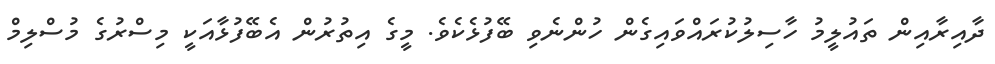
ދާއިރާއިން ތައުލީމު ހާސިލުކުރައްވައިގެން ހުންނެވި ބޭފުޅެކެވެ. މީގެ އިތުރުން އެބޭފުޅާއަކީ މިސްރުގެ މުސްލިމް